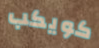
كويكب